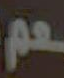
عم